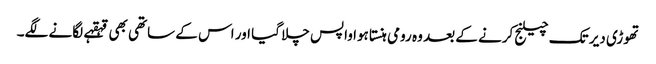
تھوڑی دیر تک چیلنج کرنے کے بعد وہ رومی ہنستا ہوا واپس چلا گیا اور اس کے ساتھی بھی قہقہے لگانے لگے۔